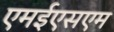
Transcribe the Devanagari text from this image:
एमईएसएम